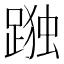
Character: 𮛹